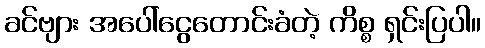
ခင်ဗျား အပေါ်ငွေတောင်းခံတဲ့ ကိစ္စ ရှင်းပြပါ။